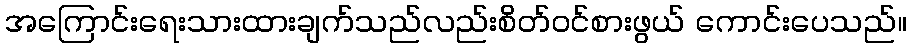
အကြောင်းရေးသားထားချက်သည်လည်းစိတ်ဝင်စားဖွယ် ကောင်းပေသည်။